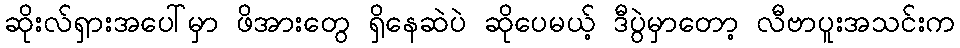
ဆိုးလ်ရှားအပေါ်မှာ ဖိအားတွေ ရှိနေဆဲပဲ ဆိုပေမယ့် ဒီပွဲမှာတော့ လီဗာပူးအသင်းက